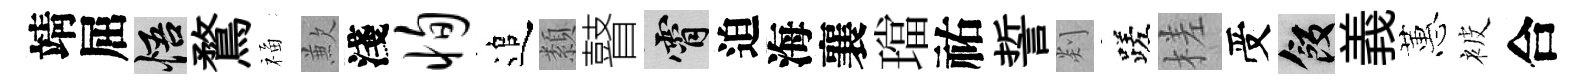
靖屈悟鶩福歉淺恂追纇瞽霄迫海襄璫祐誓剡蹉槎受飯義蕙被合